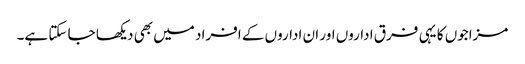
مزاجوں کا یہی فرق اداروں اور ان اداروں کے افراد میں بھی دیکھا جا سکتا ہے۔